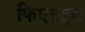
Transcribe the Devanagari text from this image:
फिएस्ट्रम